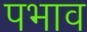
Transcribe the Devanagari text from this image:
पभाव